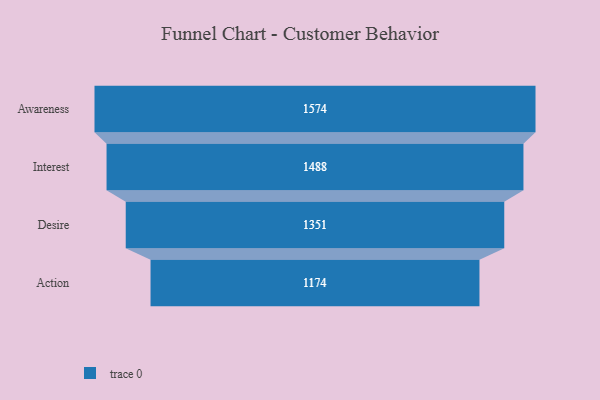
{"axis": {"x": "Stage", "y": "Value"}, "legend": [""], "data": [{"x": "Awareness", "y": 1574.0, "type": ""}, {"x": "Interest", "y": 1488.0, "type": ""}, {"x": "Desire", "y": 1351.0, "type": ""}, {"x": "Action", "y": 1174.0, "type": ""}]}